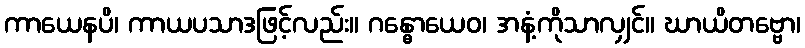
ကာယေနပိ၊ ကာယပသာဒဖြင့်လည်း။ ဂန္ဓောယေဝ၊ အနံ့ကိုသာလျှင်။ ဃာယိတဗ္ဗော၊